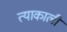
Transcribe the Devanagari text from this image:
त्याकाली